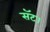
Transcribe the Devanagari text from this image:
सॅट।